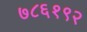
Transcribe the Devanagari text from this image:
७८६१९२